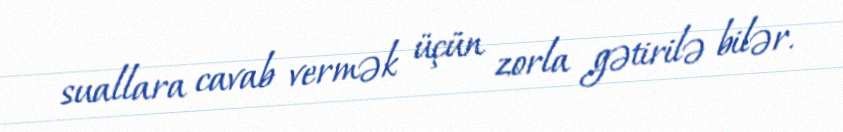
suallara cavab vermək üçün zorla gətirilə bilər.